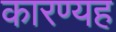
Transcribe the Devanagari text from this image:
कारण्यह